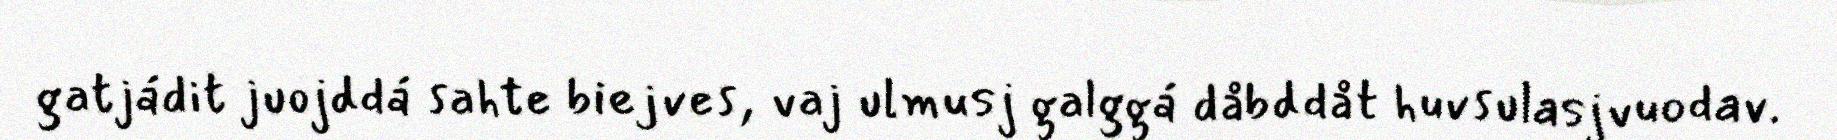
gatjádit juojddá sahte biejves, vaj ulmusj galggá dåbddåt huvsulasjvuodav.